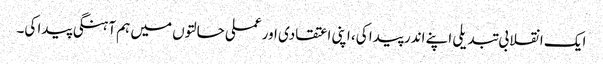
ایک انقلابی تبدیلی اپنے اندر پیدا کی، اپنی اعتقادی اور عملی حالتوں میں ہم آہنگی پیدا کی۔